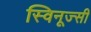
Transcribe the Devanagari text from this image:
स्विनूज्सी